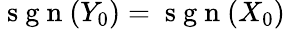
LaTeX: \mathrm{~s~g~n~}(Y_{0})=\mathrm{~s~g~n~}(X_{0})